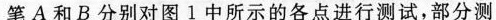
笔A和B分别对图1中所示的各点进行测试，部分测